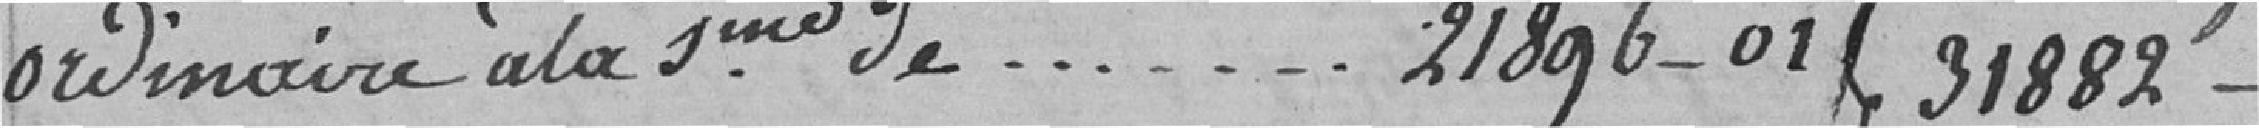
ordinaire à la somme de..................... 21.896,01              31.882 francs 57 centimes